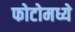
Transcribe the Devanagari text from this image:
फोटोमध्ये